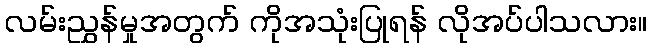
လမ်းညွှန်မှုအတွက် ကိုအသုံးပြုရန် လိုအပ်ပါသလား။